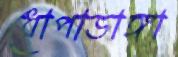
ধোপাডাঙ্গা